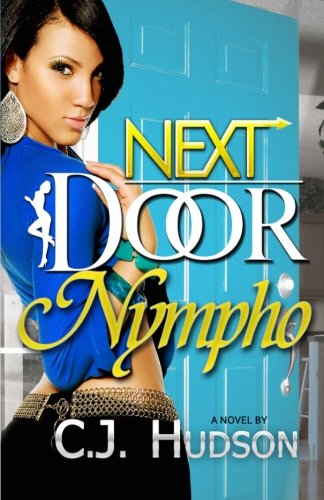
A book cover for Next Door Nympho; C.J Hudson; Romance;